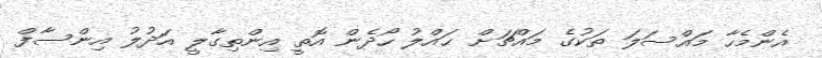
އެންމެހާ މައްސަލަ ތަކުގެ މައްޗަށް ޙައްލު ހޯދެން އޮތީ އިންތިގާލީ އަދުލު އިންސާފް